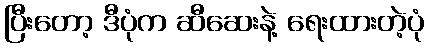
ပြီးတော့ ဒီပုံက ဆီဆေးနဲ့ ရေးထားတဲ့ပုံ